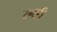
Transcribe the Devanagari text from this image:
रनडी